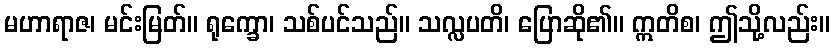
မဟာရာဇ၊ မင်းမြတ်။ ရုက္ခော၊ သစ်ပင်သည်။ သလ္လပတိ၊ ပြောဆို၏။ ဣတိစ၊ ဤသို့လည်း။